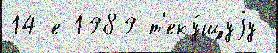
14-е 1989 т'еку́щуjу